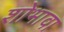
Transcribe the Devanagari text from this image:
शोभावा